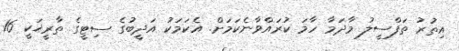
އިތުރު ތަފްސީލު މާދަމާ ހާމަ ކުރައްވާނެކަމަށް. އެކަމަކު އަދީބުގެ ސިޓީގެ ތާރީޚަކީ 16